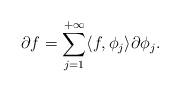
LaTeX: \begin{align*}\partial f = \sum_{j=1}^{+\infty} \langle f , \phi_j \rangle \partial \phi_j.\end{align*}